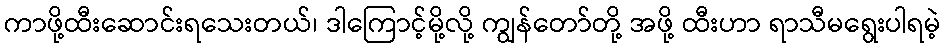
ကာဖို့ထီးဆောင်းရသေးတယ်၊ ဒါကြောင့်မို့လို့ ကျွန်တော်တို့ အဖို့ ထီးဟာ ရာသီမရွေးပါရမဲ့